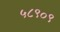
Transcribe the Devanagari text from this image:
५८९०९